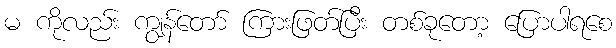
မ ကိုလည်း ကျွန်တော် ကြားဖြတ်ပြီး တစ်ခုတော့ ပြောပါရစေ